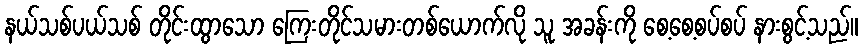
နယ်သစ်ပယ်သစ် တိုင်းထွာသော ကြေးတိုင်သမားတစ်ယောက်လို သူ အခန်းကို စေ့စေ့စပ်စပ် နားစွင့်သည်။